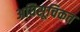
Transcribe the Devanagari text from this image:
अधिसूचिकत